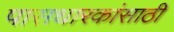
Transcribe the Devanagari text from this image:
पासधारकांसाठी